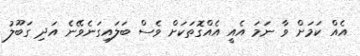
އެއް ކަމަށް ވާ ނަމަ އެއީ އެއްގޮތަކަށް ވެސް ބަލައިގަނެވޭނެ އަދި ގަބޫލު